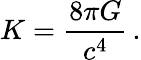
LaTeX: K={\frac{8\pi G}{c^{4}}}\, .